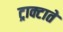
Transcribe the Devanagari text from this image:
ट्राक्टाते